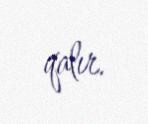
qalır.